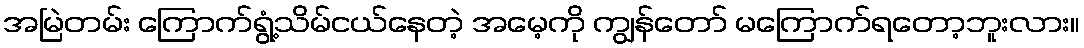
အမြဲတမ်း ကြောက်ရွံ့သိမ်ငယ်နေတဲ့ အမေ့ကို ကျွန်တော် မကြောက်ရတော့ဘူးလား။